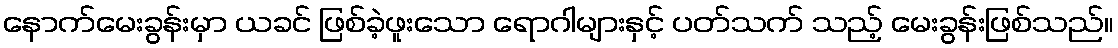
နောက်မေးခွန်းမှာ ယခင် ဖြစ်ခဲ့ဖူးသော ရောဂါများနှင့် ပတ်သက် သည့် မေးခွန်းဖြစ်သည်။